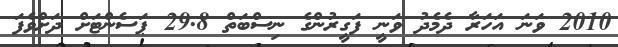
2010 ވަނަ އަހަރާ ދެމެދު ވަނީ ފަގީރުންގެ ނިސްބަތް 29.8 ޕަސެންޓަށް ދަށްވެފަ